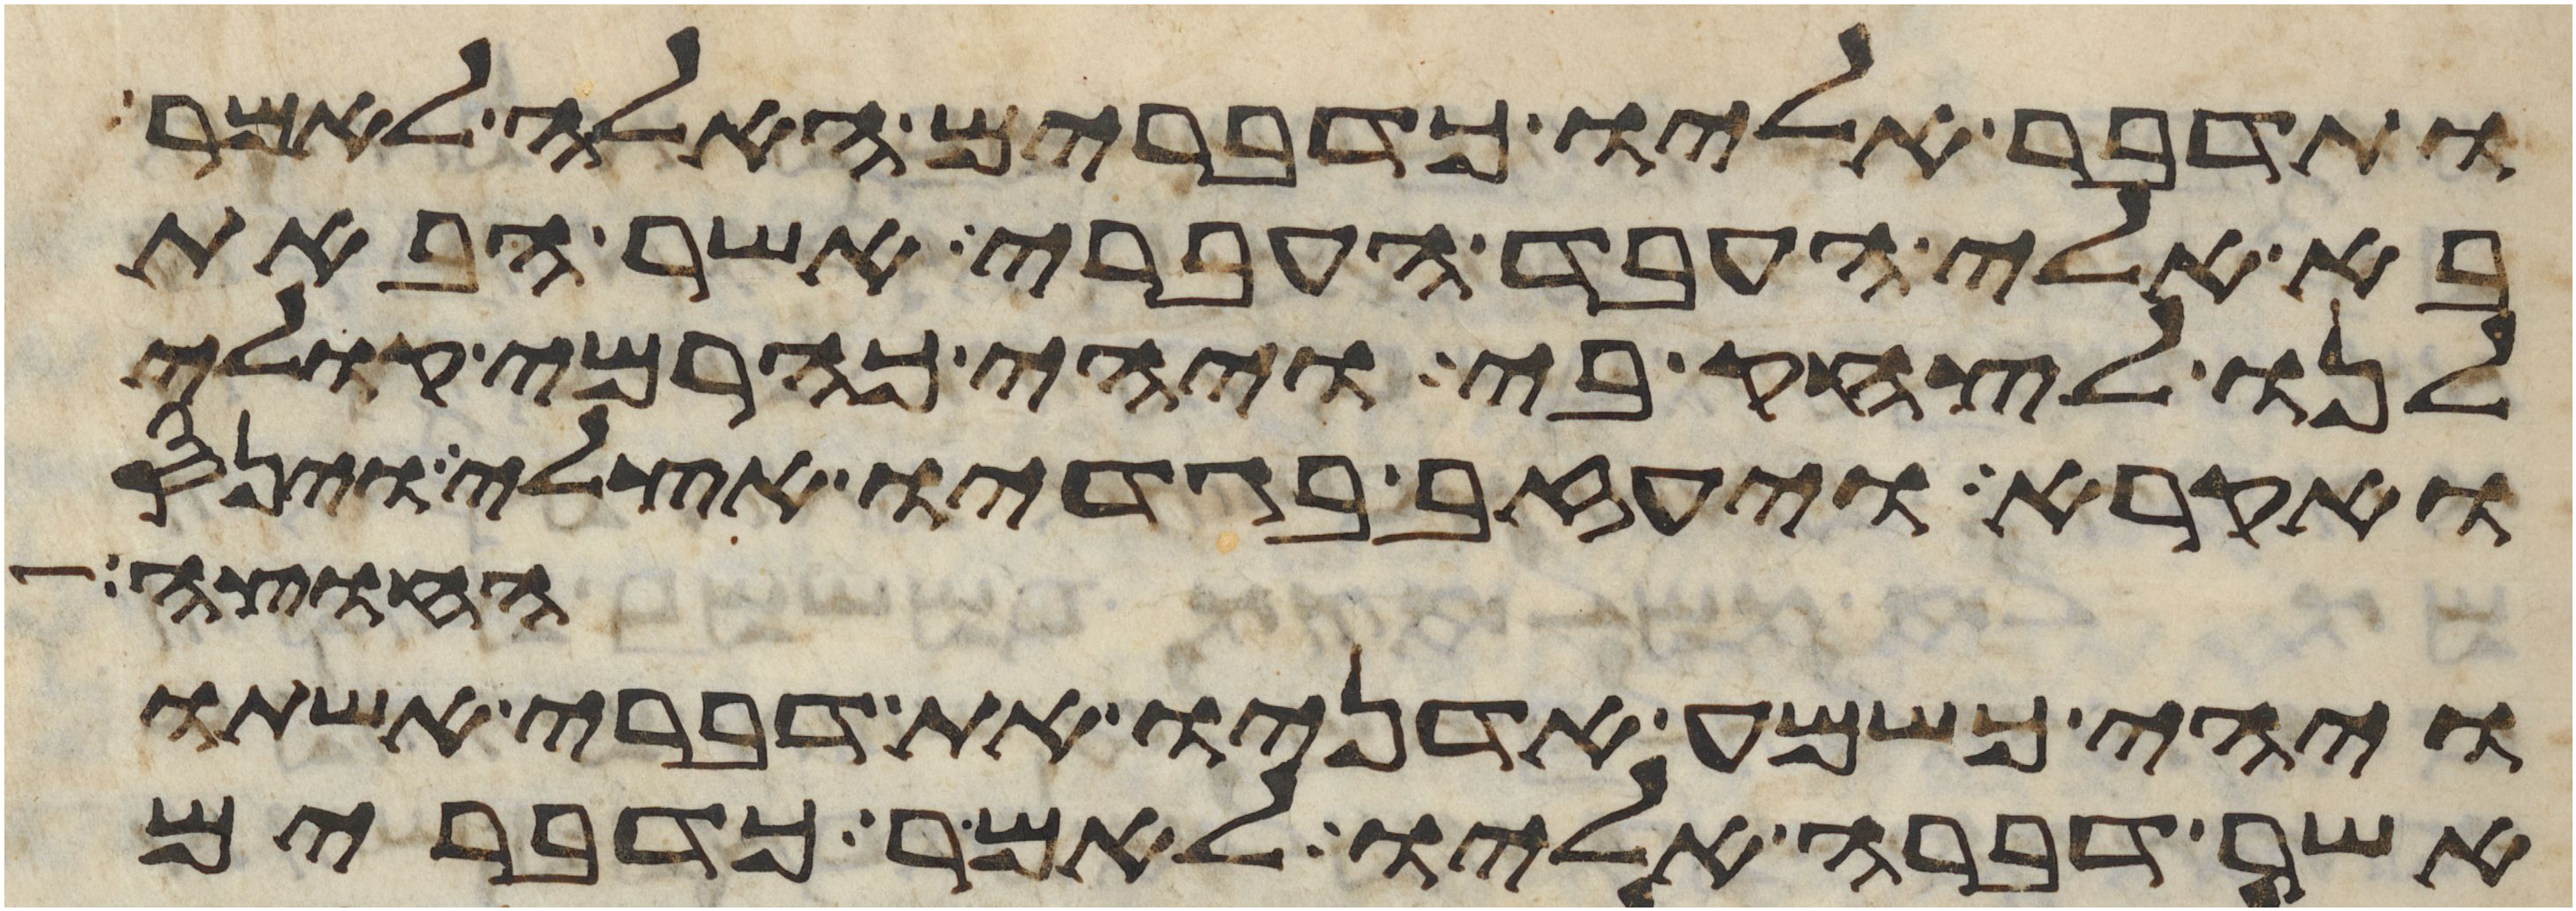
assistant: ותדבר אליו כדברים האלה לאמר
בא אלי העבד העברי אשר הבאת
לנו לצחק בי ויהי כהרמי קולי
ואקרא ויעזב בגדיו אצלי וינס
החוצה
ויהי כשמע אדניו את דברי אשתו
אשר דברה אליו לאמר כדברים